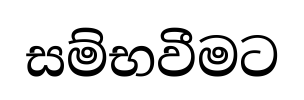
සම්භවීමට